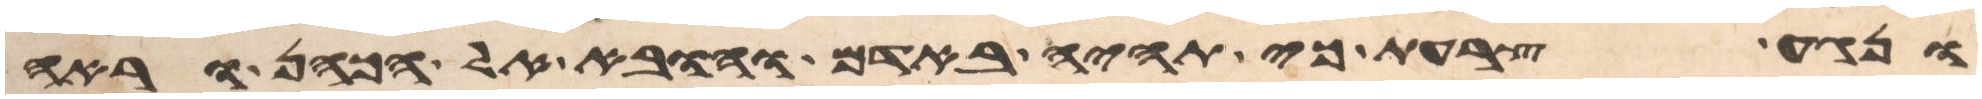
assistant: ונגע צרעת כי תהיה באדם והובא אל הכהן וראה